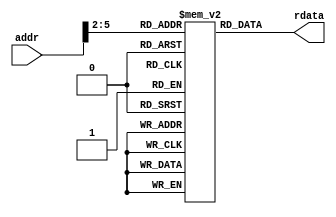
module imem (
    input  [ 5 : 0] addr,  // byte address
    output [31 : 0] rdata  // read data
);

    reg [31 : 0] RAM [15 : 0];

    initial // put the machine code of the program here.
    begin
        RAM[0]  = 32'h20080017; RAM[1]  = 32'h2109002d;
        RAM[2]  = 32'hac090008; RAM[3]  = 32'h8c0a0008;
        RAM[4]  = 32'h214bffd3; RAM[5]  = 32'h110b0001;
        RAM[6]  = 32'hac080000; RAM[7]  = 32'h08000007;
        RAM[8]  = 32'h00000000; RAM[9]  = 32'h00000000; 
        RAM[10] = 32'h00000000; RAM[11] = 32'h00000000; 
        RAM[12] = 32'h00000000; RAM[13] = 32'h00000000;
        RAM[14] = 32'h00000000; RAM[15] = 32'h00000000;
    end

    assign rdata = RAM[addr[5:2]];

endmodule